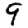
Digit: 9